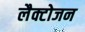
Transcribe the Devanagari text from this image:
लैक्टोजन